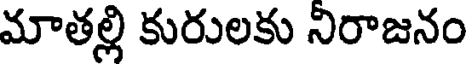
మాతల్లి కురులకు నిరాజనం